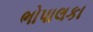
ભોપાલકા